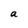
Character: a